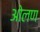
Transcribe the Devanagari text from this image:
ओलण